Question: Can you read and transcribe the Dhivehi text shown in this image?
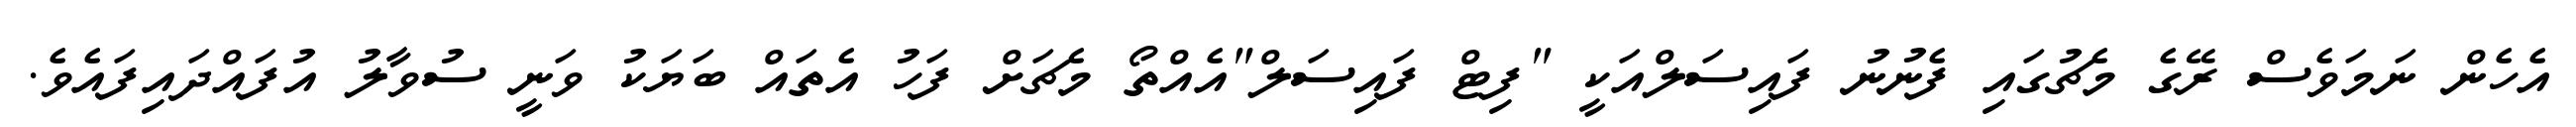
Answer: އެހެން ނަމަވެސް ރޭގެ މެޗުގައި ފެނުނު ފައިސަލްއަކީ "ފިޓް ފައިސަލް"އެއްތޯ މެޗަށް ފަހު އެތައް ބަޔަކު ވަނީ ސުވާލު އުފައްދައިފައެވެ.